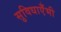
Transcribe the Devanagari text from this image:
सुविधाएँभी